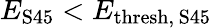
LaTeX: E_{\mathrm{S45}}<E_{\mathrm{thresh,\, S45}}